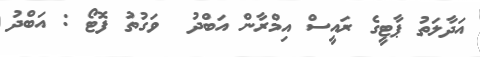
އަދާލަތު ޕާޓީގެ ރައީސް އިމްރާން އަބްދު  ވަގުތު ފޮޓޯ : އަބްދު